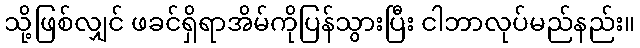
သို့ဖြစ်လျှင် ဖခင်ရှိရာအိမ်ကိုပြန်သွားပြီး ငါဘာလုပ်မည်နည်း။